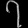
Digit: ၇